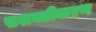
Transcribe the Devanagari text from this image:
सशक्तीकऱण